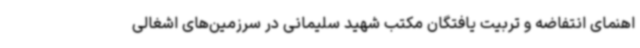
اهنمای انتفاضه و تربیت یافتگان مکتب شهید سلیمانی در سرزمین‌های اشغالی